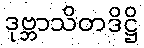
ဒုဗ္ဘာသိတဒိဋ္ဌိ